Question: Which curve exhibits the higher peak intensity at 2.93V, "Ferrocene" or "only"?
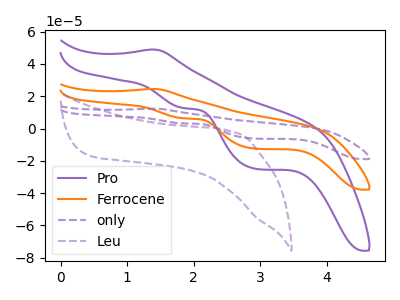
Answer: <think>The purple curve "Pro" has an anodic peak at (1.40V, 49.00uA) and cathodic peaks at (1.85V, 12.70uA) (2.95V, -24.95uA). The orange curve "Ferrocene" has an anodic peak at (1.40V, 24.55uA) and cathodic peaks at (1.85V, 6.35uA) (2.95V, -12.50uA). The purple dashed curve "only" has an anodic peak at (1.40V, 49.05uA) and cathodic peaks at (1.85V, 12.70uA) (2.95V, -25.00uA). The purple dashed curve "Leu" has no peaks.</think>
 <answer>The peak at 2.93V is lower in "Ferrocene" than in "only".</answer>
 <eval>lower</eval>